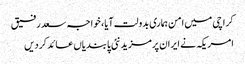
کراچی میں امن ہماری بدولت آیا، خواجہ سعد رفیق
امریکہ نے ایران پرمزید نئی پابندیاں عائد کردیں